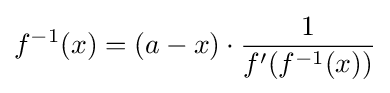
f^{-1}(x)=(a-x)\cdot {1 \over f'(f^{-1}(x))}